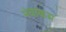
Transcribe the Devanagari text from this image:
नंबाकम